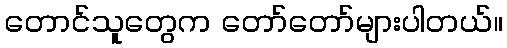
တောင်သူတွေက တော်တော်များပါတယ်။